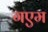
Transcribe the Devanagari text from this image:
गएम